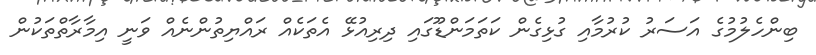
ބިންހެލުމުގެ އަސަރު ކުރުމާއި ގުޅިގެން ކަތަމަންޑޫގައި ދިރިއުޅޭ އެތަކެއް ރައްޔިތުންނެއް ވަނީ އިމާރާތްތަކުން